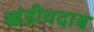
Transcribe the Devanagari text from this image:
खंडीयदाब